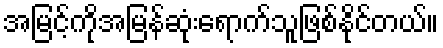
အမြင့်ကိုအမြန်ဆုံးရောက်သူဖြစ်နိုင်တယ်။